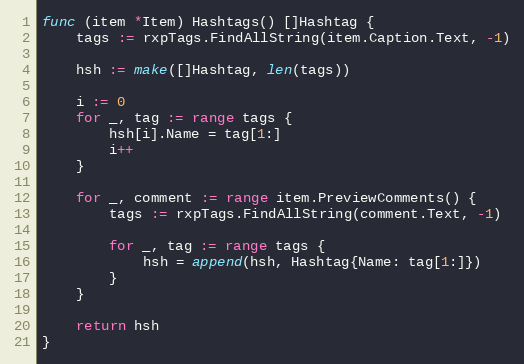
Language: Go
func (item *Item) Hashtags() []Hashtag {
	tags := rxpTags.FindAllString(item.Caption.Text, -1)

	hsh := make([]Hashtag, len(tags))

	i := 0
	for _, tag := range tags {
		hsh[i].Name = tag[1:]
		i++
	}

	for _, comment := range item.PreviewComments() {
		tags := rxpTags.FindAllString(comment.Text, -1)

		for _, tag := range tags {
			hsh = append(hsh, Hashtag{Name: tag[1:]})
		}
	}

	return hsh
}